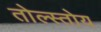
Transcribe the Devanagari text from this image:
तोल्स्तोय